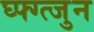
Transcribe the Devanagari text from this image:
घ्फ्ग्त्जुन